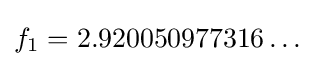
f_{1}=2.920050977316\ldots